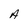
Character: A